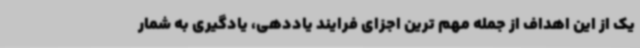
یک از این اهداف از جمله مهم ترین اجزای فرایند یاددهی، یادگیری به شمار